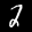
Label: 2